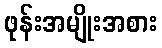
ဖုန်းအမျိုးအစား